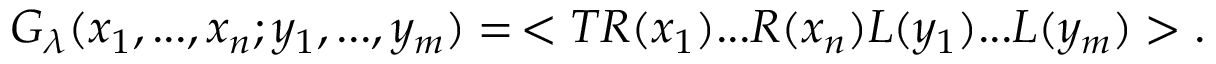
G _ { \lambda } ( x _ { 1 } , . . . , x _ { n } ; y _ { 1 } , . . . , y _ { m } ) = \, < T R ( x _ { 1 } ) . . . R ( x _ { n } ) L ( y _ { 1 } ) . . . L ( y _ { m } ) > .